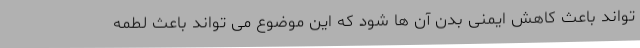
تواند باعث کاهش ایمنی بدن آن ها شود که این موضوع می تواند باعث لطمه